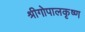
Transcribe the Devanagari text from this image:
श्रीगोपालकृष्ण